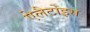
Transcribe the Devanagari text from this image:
ऐलैटोइस